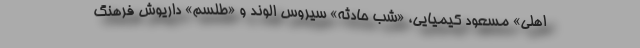
اهلی» مسعود کیمیایی، «شب حادثه» سیروس الوند و «طلسم» داریوش فرهنگ